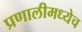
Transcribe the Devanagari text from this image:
प्रणालीमध्येच